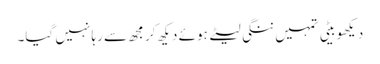
دیکھو بیٹی تمہیں ننگی لیٹے ہوئے دیکھ کر مجھ سے رہا نہیں گیا۔